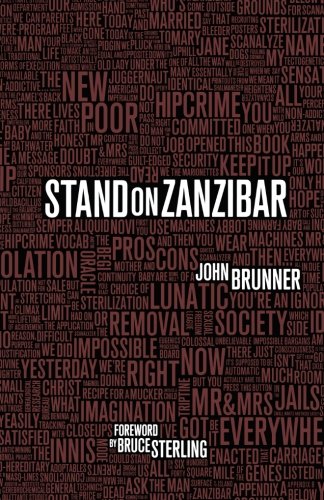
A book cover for Stand on Zanzibar; John Brunner; Science Fiction & Fantasy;